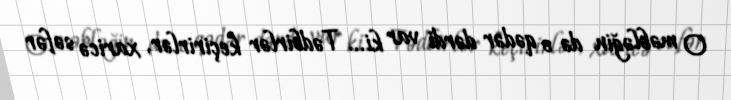
O məbləğin də o qədər dərdi var ki... Tədbirlər keçirirlər, xaricə səfər